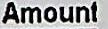
AMOUNT